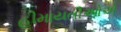
હીમાયતીઓએ